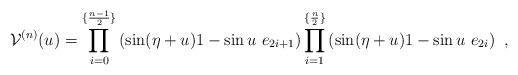
\begin{align*}{\cal V}^{(n)}(u)=\prod_{i=0}^{\{\frac{n-1}{2}\}}\left( \sin(\eta+u)1-\sin u~ e_{2i+1}\right) \prod_{i=1}^{\{\frac{n}{2}\}} \left(\sin(\eta+u)1-\sin u~ e_{2i}\right)~,\end{align*}